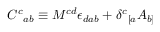
{ C ^ { c } } _ { a b } \equiv M ^ { c d } \epsilon _ { d a b } + { \delta ^ { c } } _ { [ a } A _ { b ] }